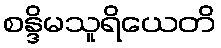
စန္ဒိမသူရိယေတိ